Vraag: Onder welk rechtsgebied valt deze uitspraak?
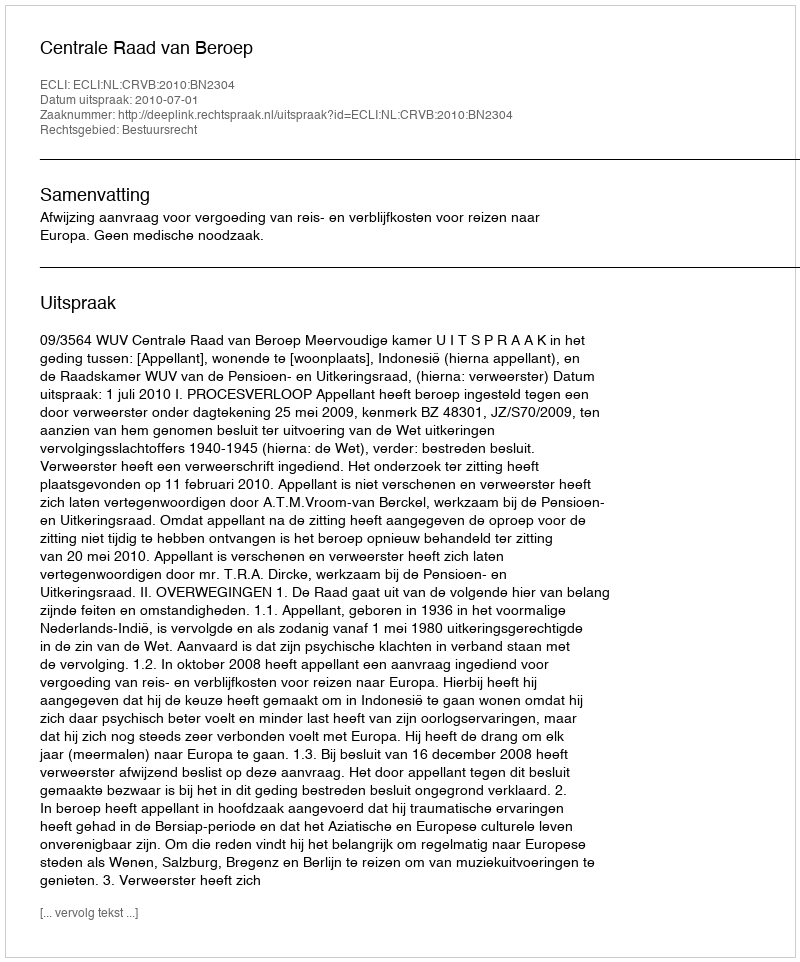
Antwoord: Bestuursrecht